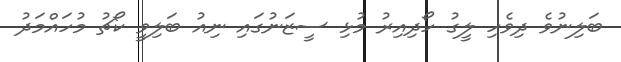
ބަލިނުވެ ދިވެހި ލީގު ހޯދިއިރު މުޅި ސީޒަނުގައި ނިއު ބަލިވީ ކޯޗު މުހައްމަދު